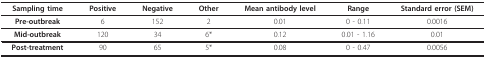
<table><thead><tr><td><b>Sampling time</b></td><td><b>Positive</b></td><td><b>Negative</b></td><td><b>Other</b></td><td><b>Mean antibody level</b></td><td><b>Range</b></td><td><b>Standard error (SEM)</b></td></tr></thead><tbody><tr><td><b>Pre-outbreak</b></td><td>6</td><td>152</td><td>2</td><td>0.01</td><td>0 - 0.11</td><td>0.0016</td></tr><tr><td><b>Mid-outbreak</b></td><td>120</td><td>34</td><td>6*</td><td>0.12</td><td>0.01 - 1.16</td><td>0.01</td></tr><tr><td><b>Post-treatment</b></td><td>90</td><td>65</td><td>5*</td><td>0.08</td><td>0 - 0.47</td><td>0.0056</td></tr></tbody></table>